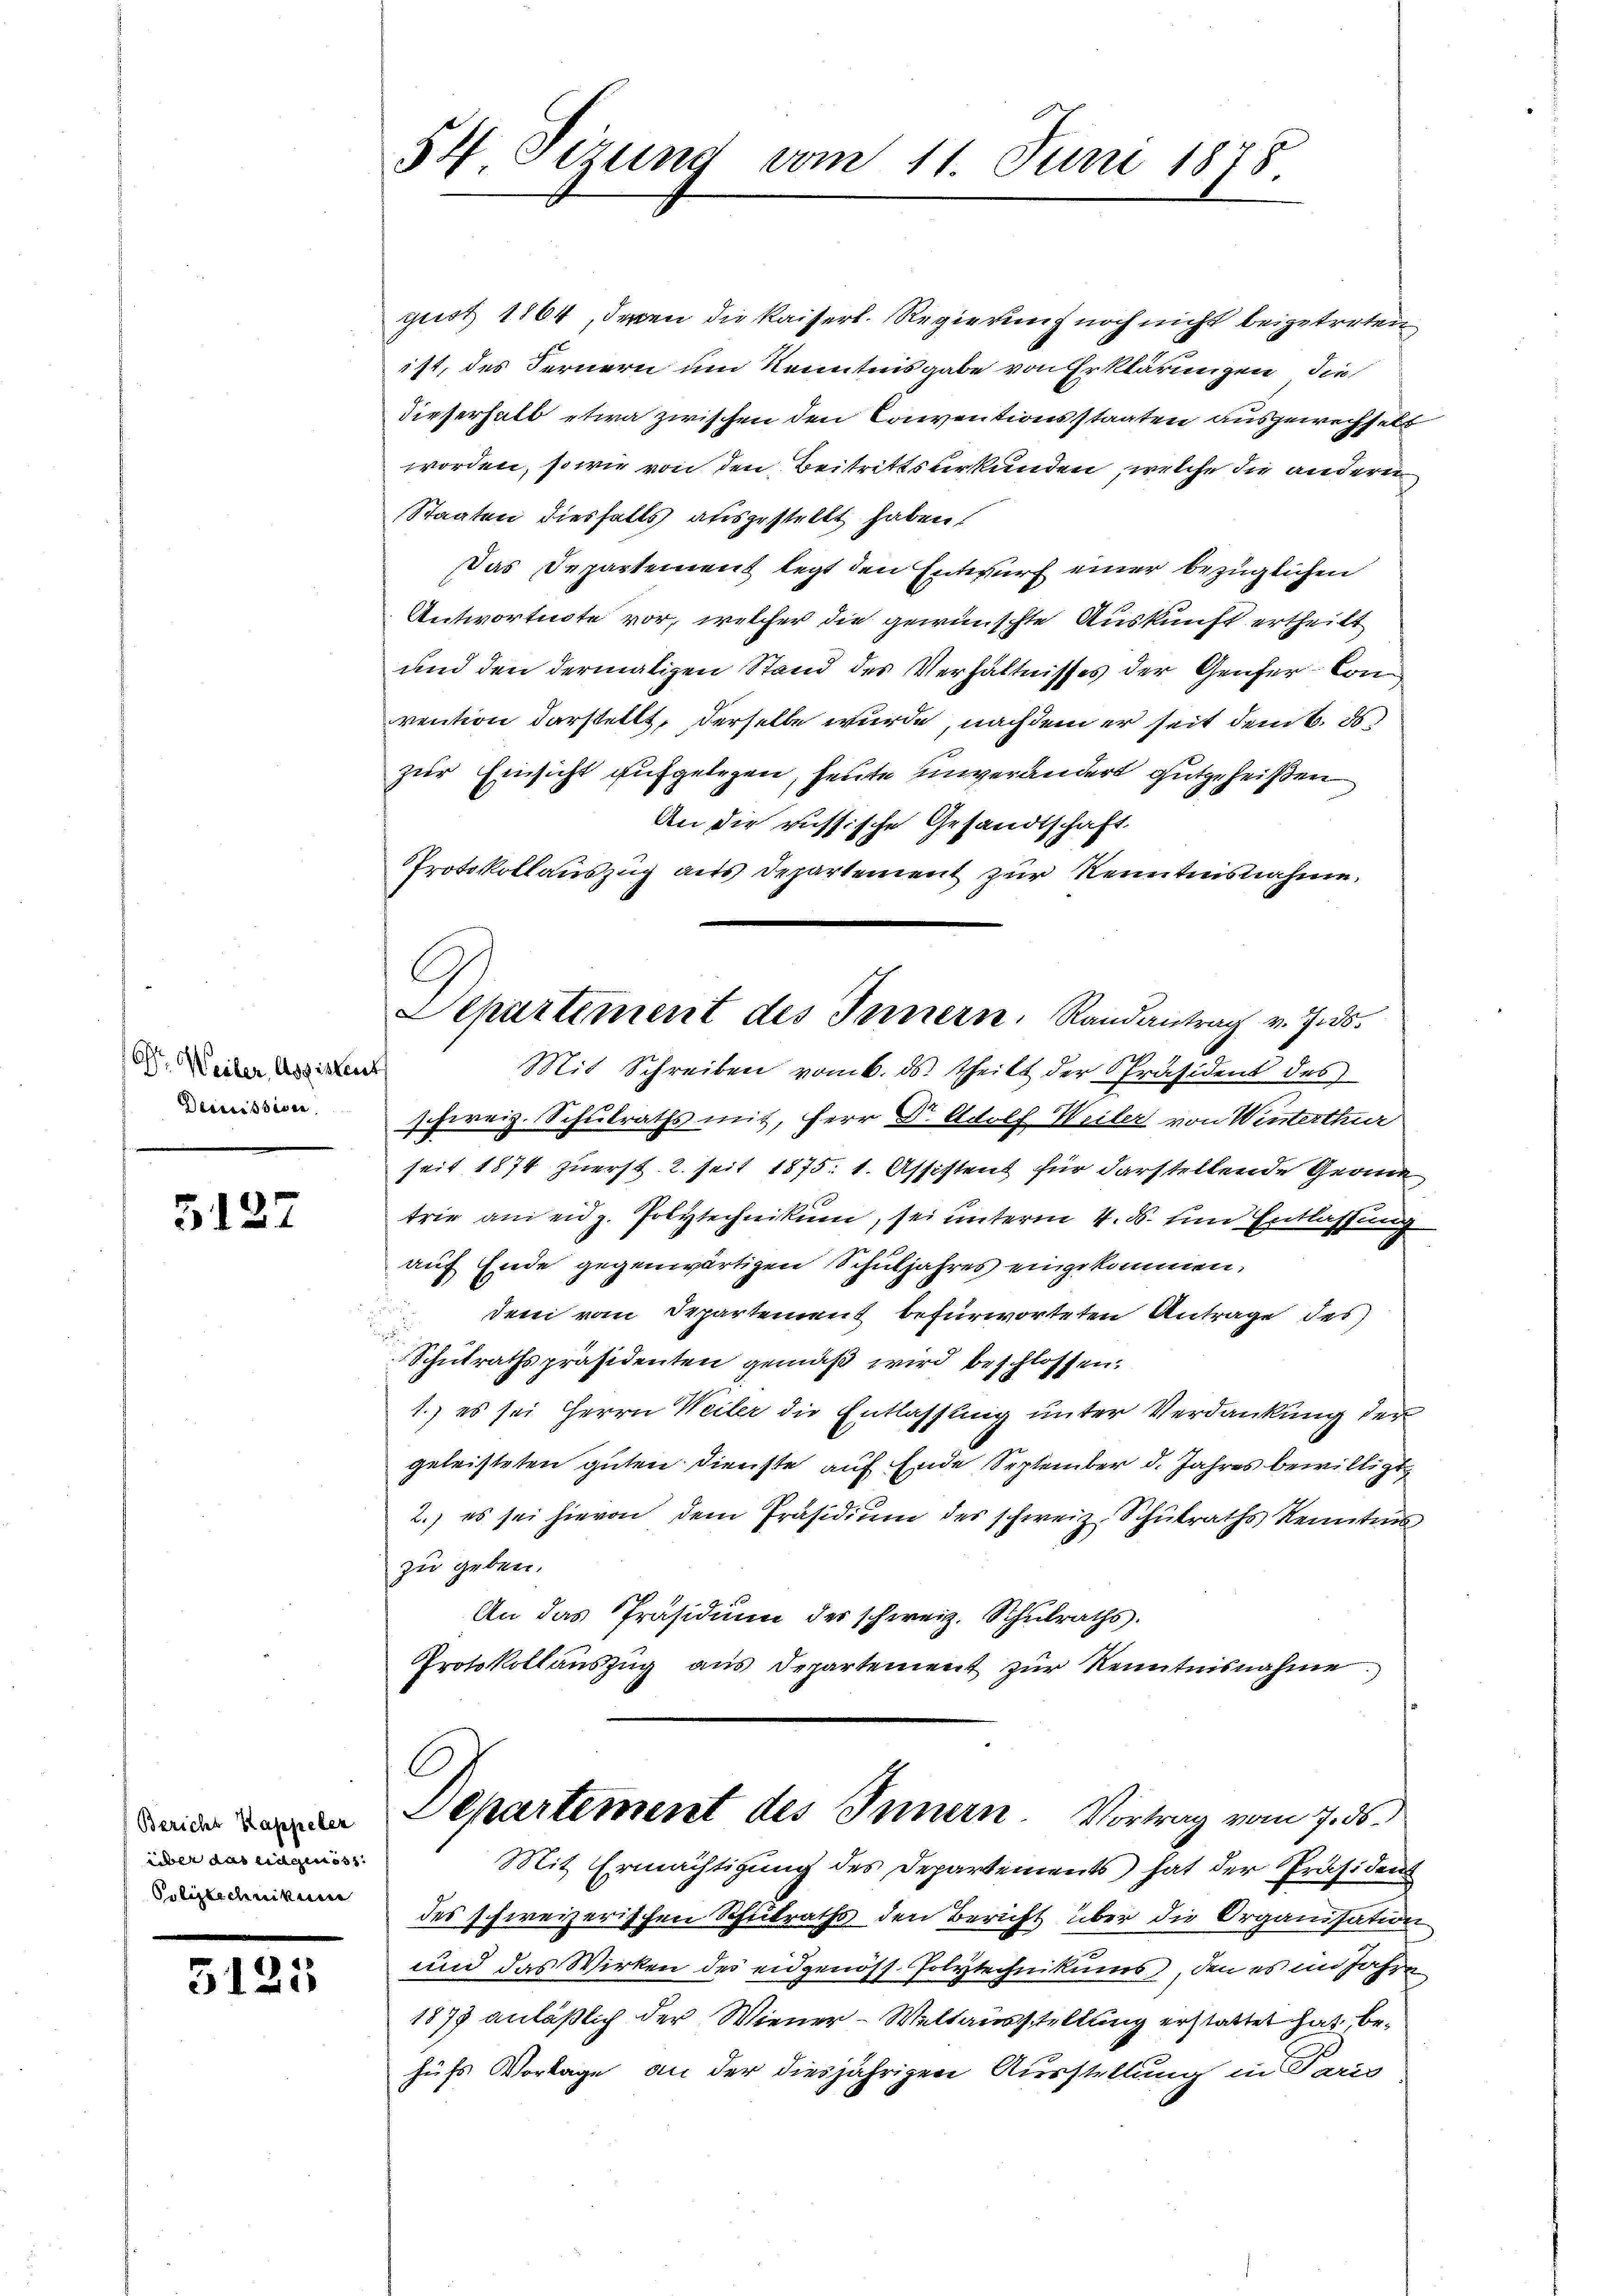
O. Weiler, Assistent
Deccessiven

5127

Bericht Kappeler
über das eidgenoss
Poliztechnikum

5125

54. Sezung vom 11. Juni 1878.

gust 1864, deren die Kaiserl. Regierung noch nicht beigetreten
ist, des Fernern um Kenntnisgabe von Erklärungen, die
Dieserhalb etwa zwischen den Conventionsstaaten ausgewechselt
worden, so wie von den Beitrittsurkunden, welche die andere
Staaten diesfalls ausgestellt haben.
Das Departement legt den Entwurf einer bezüglichen
Antwortuote vor, welcher die gewünschte Auskunft ertheilt
und den dermaligen Stand des Verhältnisses der Genfer Con
vention darstellt, derselbe wurde, nachdem er seit dem k. ds.
zur Einsicht aufgelegen, heute unverändert gutgeheißen
An die russische Gesandtschaft
Protokollauszug aus Departement zur Kenntnisnahme.
C
Aepartement des Innern, Randantrag v. 7. ds.
Mit Schreiben vom 6. ds. theilt der Präsidens des
schweiz. Schulraths mit, Herr Dr. Adolf Weiler von Winterthur
seit 1874 zuerst. 2. seit 1875. 1. Assistent für darstellende Geome
t
trie an eidg. Polytechnikum, sei unterm 4. d. und Entlassung
auf Ende gegenwärtigen Schuljahres eingekommen,
 den von Separtement befürworteten Antrage des
Schulrathspräsidenten gemäß wird beschlossen:
1.) es sei Herrn Weiler die Entlassung unter Verdankung der
geleisteten guten Dienste auf Ende September d. Jahres bewilligt
2.) es sei hievon dem Präsidium des schweiz. Schulraths Kenntnis
zu geben.
An das Präsidium der schweiz. Schulraths.
Protokollauszug aus Departement zur Kenntnisnahme.

C
Departement des Innern. Vortrag vom 7. ds.

Mit Ermächtigung des Departements hat der Präsiden
des schweizerischen Schulraths den Bericht über die Organisation
und das Wirken des eidgenöss. Polytechnikums, den es im Jahre
1878 anläßlich der Wiener-Weltausstellung erstattet hat, behufs Vorlage an der diesjährigen Ausstellung in Paris